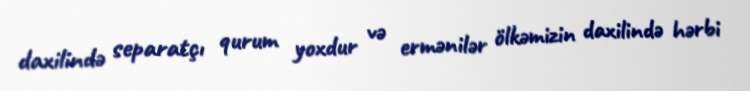
daxilində separatçı qurum yoxdur və ermənilər ölkəmizin daxilində hərbi